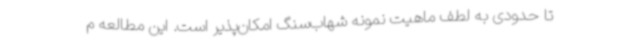
تا حدودی به لطف ماهیت نمونه شهاب‌سنگ امکان‌پذیر است. این مطالعه م